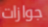
جوازات